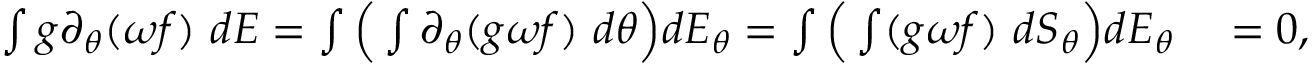
\begin{array} { r l } { \int g \partial _ { \theta } ( \omega f ) \ d E = \int \Big ( \int \partial _ { \theta } ( g \omega f ) \ d \theta \Big ) d E _ { \theta } = \int \Big ( \int ( g \omega f ) \ d S _ { \theta } \Big ) d E _ { \theta } } & { { } = 0 , } \end{array}